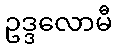
ဥဒ္ဒလောမီ